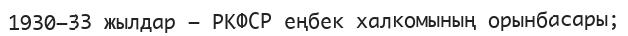
1930–33 жылдар – РКФСР еңбек халкомының орынбасары;